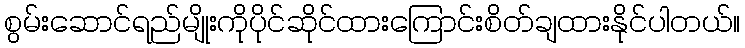
စွမ်းဆောင်ရည်မျိုးကိုပိုင်ဆိုင်ထားကြောင်းစိတ်ချထားနိုင်ပါတယ်။